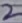
Text: 2